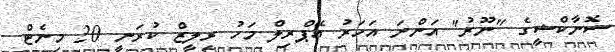
ސޮނާކްޝީގެ "ނޫރު" އަންނަ އަހަރު އޭޕްރިލް މަހު ރިލީޒް ކުރަނީ 20 މިނެޓް